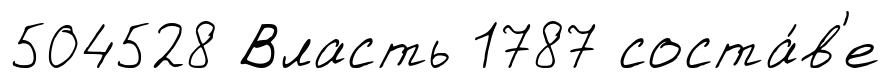
504528 Власть 1787 соста́в'е